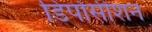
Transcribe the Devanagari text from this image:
डिपोसीशन